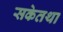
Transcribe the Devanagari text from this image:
सकेतथा